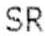
SR